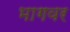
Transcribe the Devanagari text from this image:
भागवर